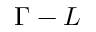
\Gamma - L